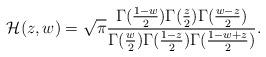
LaTeX: \begin{align*}\mathcal{H}(z,w)=\sqrt{\pi}\frac{\Gamma(\tfrac{1-w}{2})\Gamma(\tfrac{z}{2})\Gamma(\tfrac{w-z}{2})}{\Gamma(\tfrac{w}{2})\Gamma(\tfrac{1-z}{2})\Gamma(\tfrac{1-w+z}{2})}.\end{align*}